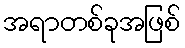
အရာတစ်ခုအဖြစ်